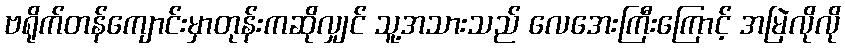
ဗရိုက်တန်ကျောင်းမှာတုန်းကဆိုလျှင် သူ့အသားသည် လေအေးကြီးကြောင့် အမြဲလိုလို